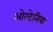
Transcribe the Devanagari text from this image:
ओल्टेनिया